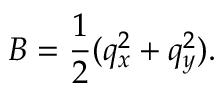
B = \frac 1 2 ( q _ { x } ^ { 2 } + q _ { y } ^ { 2 } ) .